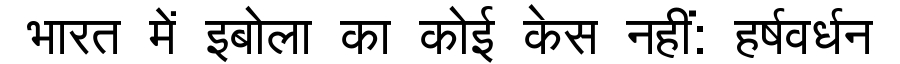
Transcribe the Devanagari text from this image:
भारत में इबोला का कोई केस नहीं: हर्षवर्धन